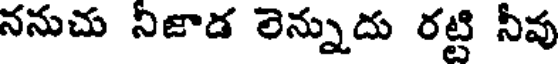
ననుచు నిజాడ లెన్నుదు రట్టి నీవు